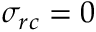
\sigma _ { r c } = 0